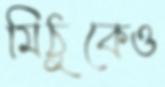
মিঠুকেও